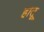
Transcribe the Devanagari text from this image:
हातू